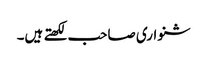
شنواری صاحب لکھتے ہیں۔